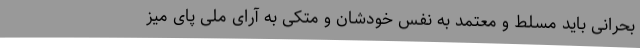
بحرانی باید مسلط و معتمد به نفس خودشان و متکی به آرای ملی پای میز